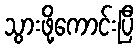
သွားဖို့ကောင်းပြီ